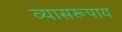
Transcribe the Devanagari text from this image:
व्यासरूपाय